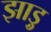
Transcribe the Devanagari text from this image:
झाड़ु